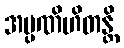
အပ္ပဏိဟိတန္တိ